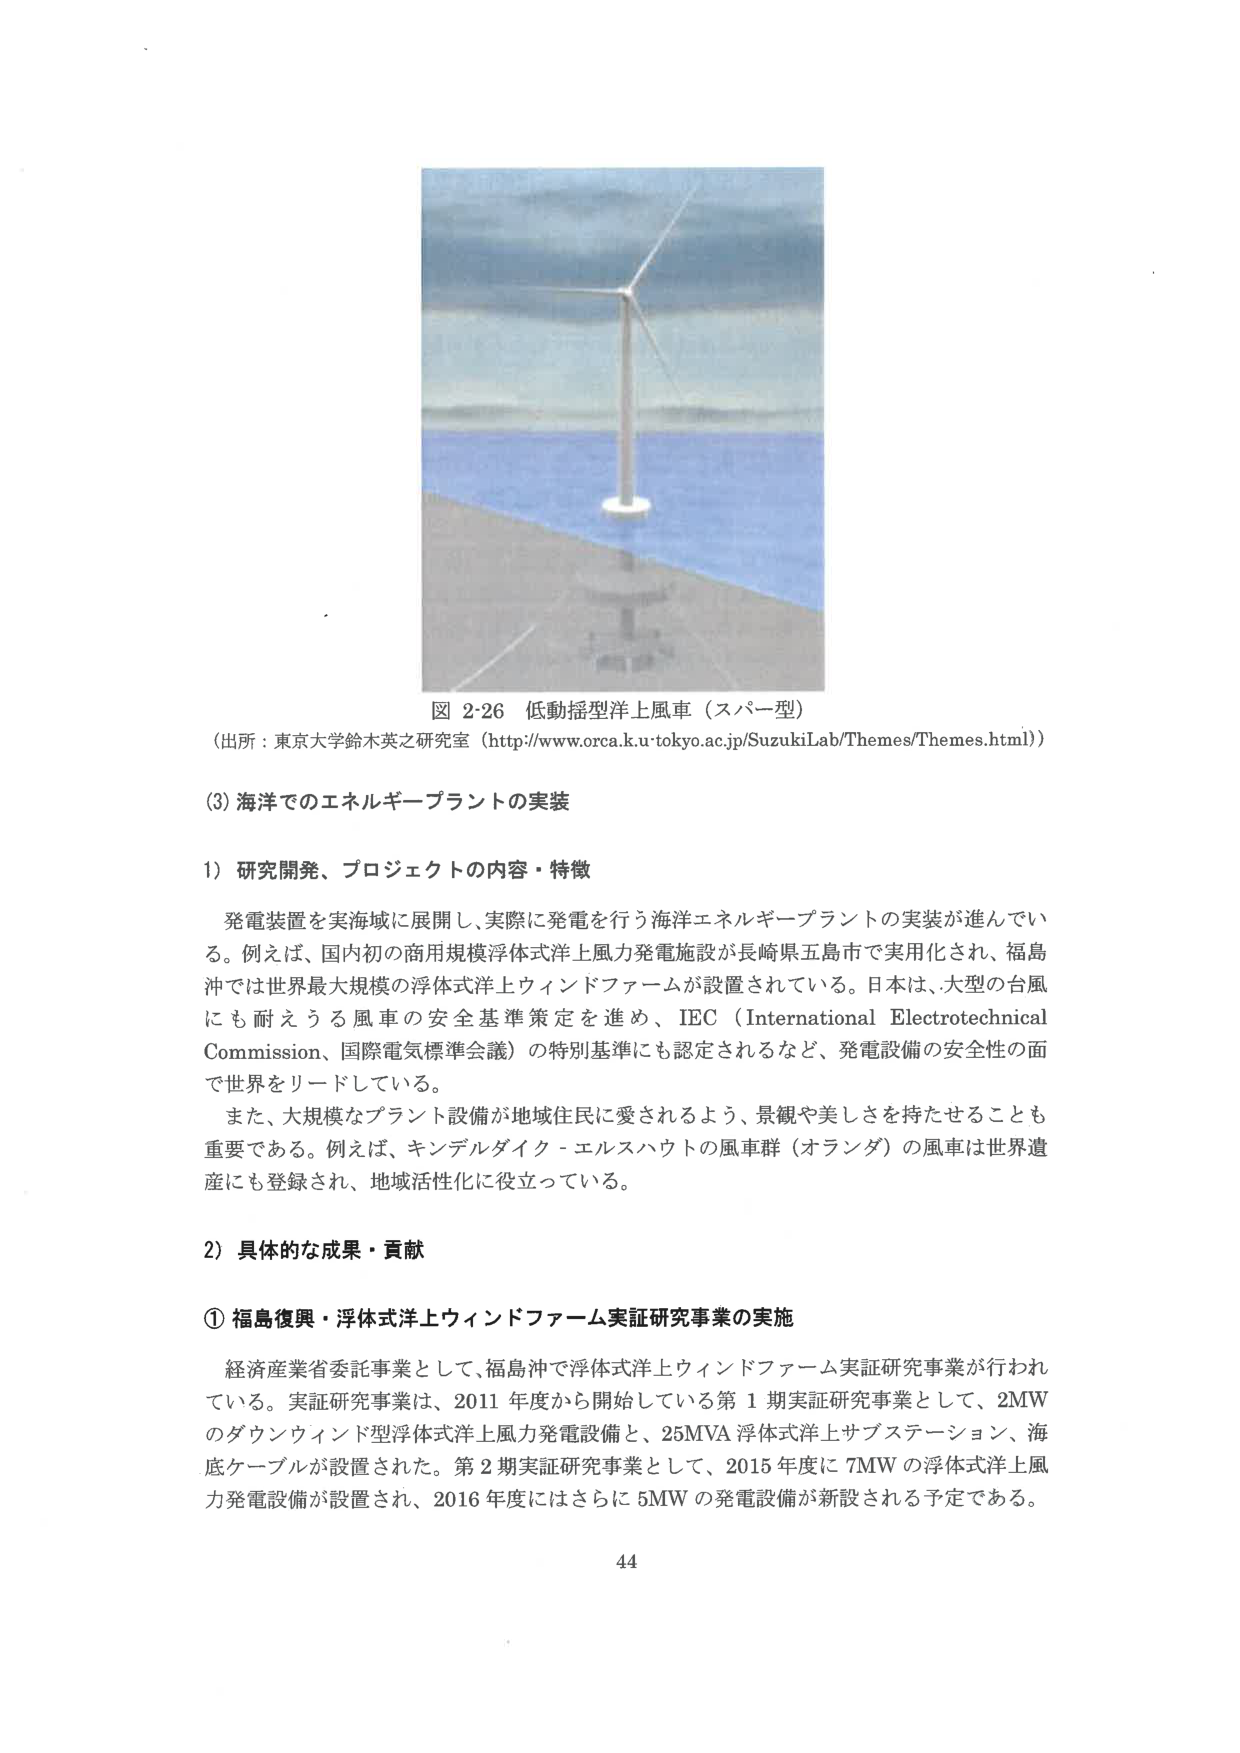
図 2-26 低動揺型洋上風車（スパー型）
（出所：東京大学鈴木英之研究室（http://www.orca.k.u-tokyo.ac.jp/SuzukiLab/Themes/Themes.html））

(3) 海洋でのエネルギープラントの実装

1) 研究開発、プロジェクトの内容・特徴

発電装置を実海域に展開し、実際に発電を行う海洋エネルギープラントの実装が進んでいる。例えば、国内初の商用規模浮体式洋上風力発電施設が長崎県五島市で実用化され、福島沖では世界最大規模の浮体式洋上ウィンドファームが設置されている。日本は、大型の台風にも耐えうる風車の安全基準策定を進め、IEC（International Electrotechnical Commission、国際電気標準会議）の特別基準にも認定されるなど、発電設備の安全性の面で世界をリードしている。

また、大規模なプラント設備が地域住民に愛されるよう、景観や美しさを持たせることも重要である。例えば、キンデルダイク－エルスハウトの風車群（オランダ）の風車は世界遺産にも登録され、地域活性化に役立っている。

2) 具体的な成果・貢献

① 福島復興・浮体式洋上ウィンドファーム実証研究事業の実施

経済産業省委託事業として、福島沖で浮体式洋上ウィンドファーム実証研究事業が行われている。実証研究事業は、2011年度から開始している第1期実証研究事業として、2MWのダウンウィンド型浮体式洋上風力発電設備と、25MVA浮体式洋上サブステーション、海底ケーブルが設置された。第2期実証研究事業として、2015年度に7MWの浮体式洋上風力発電設備が設置され、2016年度にはさらに5MWの発電設備が新設される予定である。

44